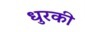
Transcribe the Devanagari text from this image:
धुरकी